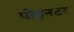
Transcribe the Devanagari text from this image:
पोइनटर